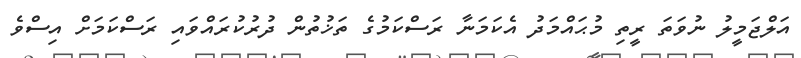
އަލްޖަމީލު ނުވަތަ ރީތި މުޙައްމަދު އެކަމަނާ ރަސްކަމުގެ ތަޚުތުން ދުރުކުރައްވައި ރަސްކަމަށް އިސްވެ